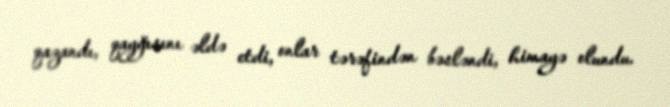
qazandı, qayğısını əldə etdi, onlar tərəfindən bəsləndi, himayə olundu.